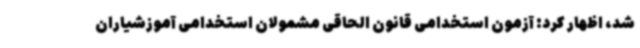
شد، اظهار کرد: آزمون استخدامی قانون الحاقی مشمولان استخدامی آموزشیاران